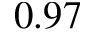
0 . 9 7